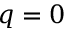
q = 0